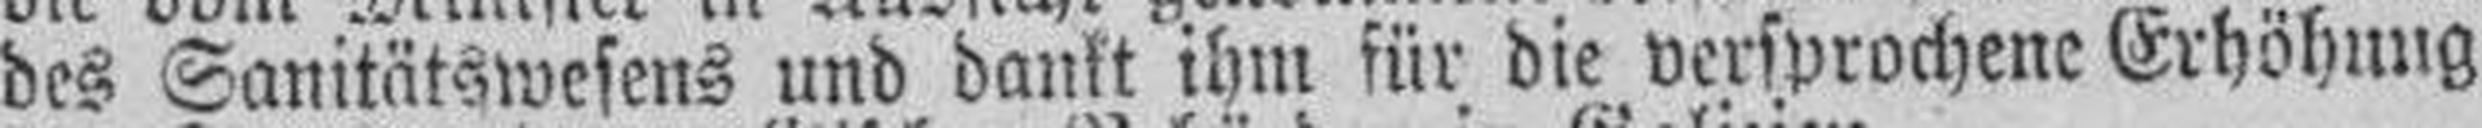
des Sanitätswesens und dankt ihm für die versprochene Erhöhung